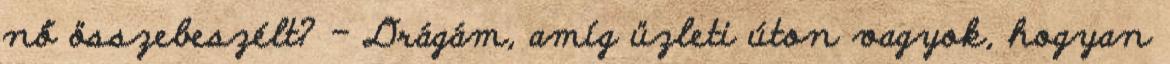
nő összebeszélt? - Drágám, amíg üzleti úton vagyok, hogyan